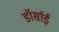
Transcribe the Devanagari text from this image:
डॉर्साई